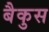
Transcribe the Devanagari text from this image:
बैकुस